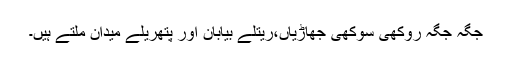
جگہ جگہ روکھی سوکھی جھاڑیاں،ریتلے بیابان اور پتھریلے میدان ملتے ہیں۔